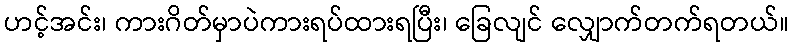
ဟင့်အင်း၊ ကားဂိတ်မှာပဲကားရပ်ထားရပြီး၊ ခြေလျင် လျှောက်တက်ရတယ်။